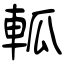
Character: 軱